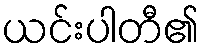
ယင်းပါတီ၏